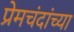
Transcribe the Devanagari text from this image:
प्रेमचंदांच्या